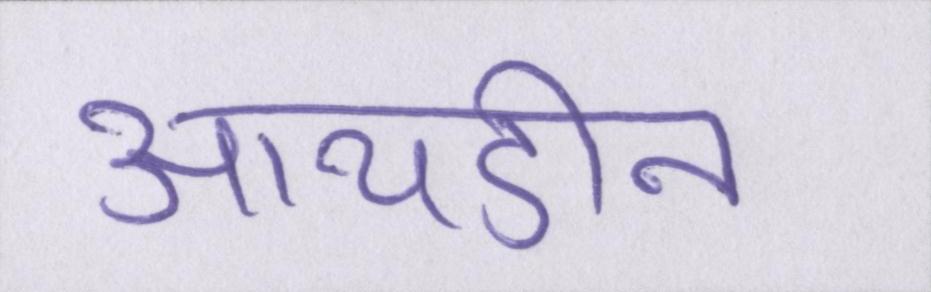
आयडीन